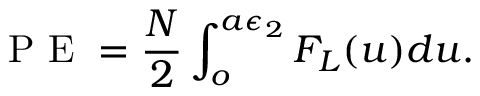
\mathrm { ~ P ~ E ~ } = \frac { N } { 2 } \int _ { o } ^ { a \epsilon _ { 2 } } F _ { L } ( u ) d u .